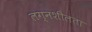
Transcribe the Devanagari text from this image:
लग्नशीलता